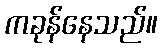
ကခုန်နေသည်။